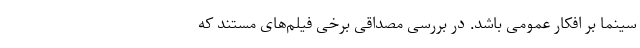
سینما بر افکار عمومی باشد. در بررسی مصداقی برخی فیلم‌های مستند که